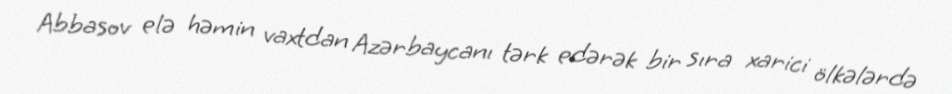
Abbasov elə həmin vaxtdan Azərbaycanı tərk edərək bir sıra xarici ölkələrdə